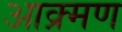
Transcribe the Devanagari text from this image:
आक्र्मण